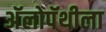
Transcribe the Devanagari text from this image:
अॅलोपॅथीला